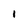
Character: l